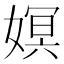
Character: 嫇